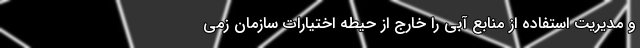
و مدیریت استفاده از منابع آبی را خارج از حیطه اختیارات سازمان زمی